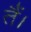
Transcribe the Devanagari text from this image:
तैं।